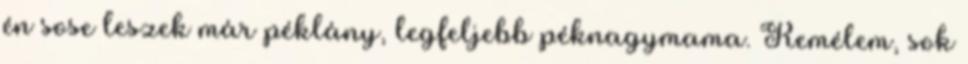
én sose leszek már péklány, legfeljebb péknagymama. Remélem, sok